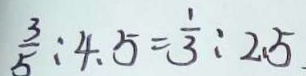
\frac { 3 } { 5 } : 4 . 5 = \frac { 1 } { 3 } : 2 . 5